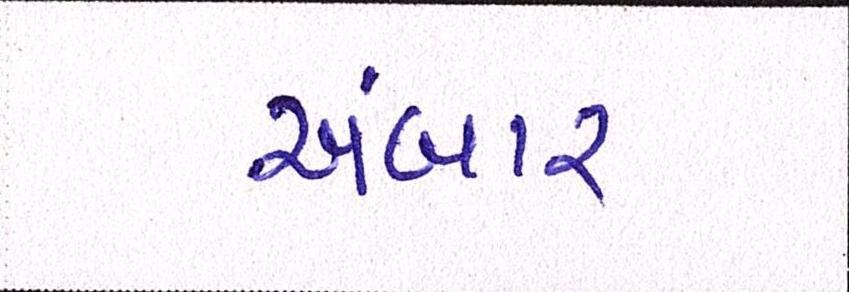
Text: અંબાર